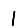
Digit: 1